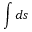
\int d s